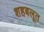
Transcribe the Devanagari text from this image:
शहबलूत